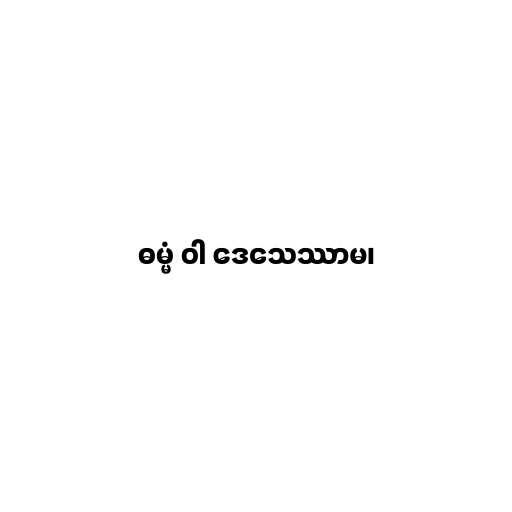
ဓမ္မံ ဝါ ဒေသေဿာမ၊